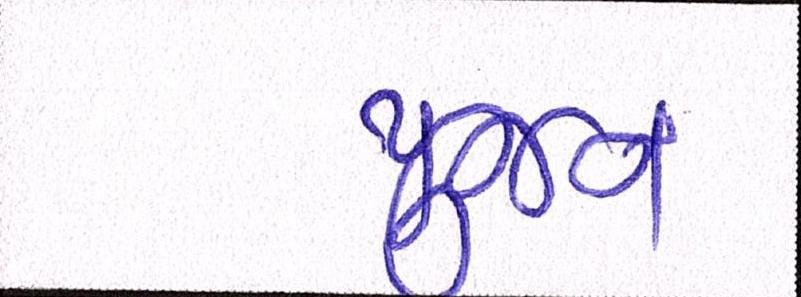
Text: પુજન